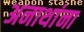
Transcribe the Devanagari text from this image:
अनाथांना